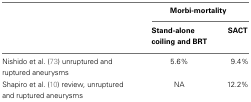
<table><thead><tr><td></td><td colspan="2"><b>Morbi-mortality</b></td></tr><tr><td></td><td><b>Stand-alone coiling and BRT</b></td><td><b>SACT</b></td></tr></thead><tbody><tr><td>Nishido et al. (73) unruptured and ruptured aneurysms</td><td>5.6%</td><td>9.4%</td></tr><tr><td>Shapiro et al. (10) review, unruptured and ruptured aneurysms</td><td>NA</td><td>12.2%</td></tr></tbody></table>